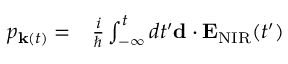
\begin{array} { r l } { p _ { { \bf k } ( t ) } = } & { { } \frac { i } { \hbar } \int _ { - \infty } ^ { t } d t ^ { \prime } { \bf d } \cdot { \bf E } _ { \mathrm { N I R } } ( t ^ { \prime } ) } \end{array}